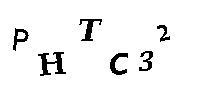
PHTC32